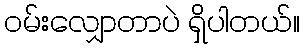
၀မ်းလျှောတာပဲ ရှိပါတယ်။